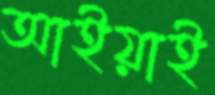
আইয়াই